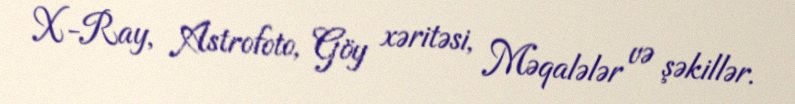
X-Ray, Astrofoto, Göy xəritəsi, Məqalələr və şəkillər.